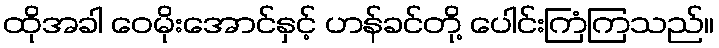
ထိုအခါ ဝေမိုးအောင်နှင့် ဟန်ခင်တို့ ပေါင်းကြံကြသည်။